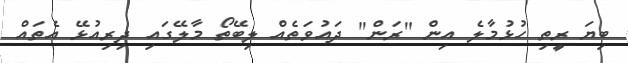
ބިޔަ ރީތި ހުޅުމާލެ އިން "ރަން" ދައުވަތެއް ލިބޭތޯ މާލޭގައި ދިރިއުޅޭ އެތައް